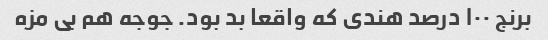
برنج ١٠٠ درصد هندی که واقعا بد بود. جوجه هم بی مزه